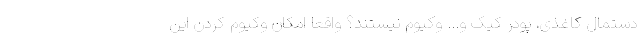
دستمال کاغذی، پودر کیک و... وکیوم نیستند؟ واقعا امکان وکیوم کردن این